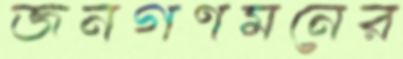
জনগণমনের